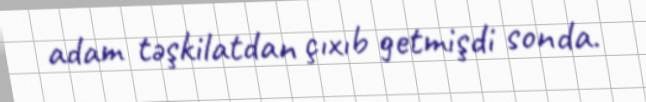
adam təşkilatdan çıxıb getmişdi sonda.